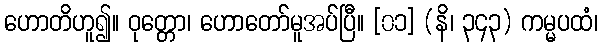
ဟောတိဟူ၍။ ဝုတ္တော၊ ဟောတော်မူအပ်ပြီ။ [၀၁] (နိ၊ ၃၄၃) ကမ္မပထံ၊